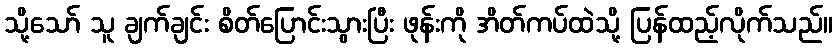
သို့သော် သူ ချက်ချင်း စိတ်ပြောင်းသွားပြီး ဖုန်းကို အိတ်ကပ်ထဲသို့ ပြန်ထည့်လိုက်သည်။